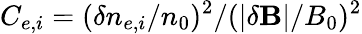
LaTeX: C_{e,i}=(\delta n_{e,i}/n_{0})^{2}/(|\delta\mathbf{B}|/B_{0})^{2}